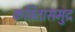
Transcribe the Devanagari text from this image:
कवितासमुद्र